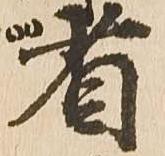
省